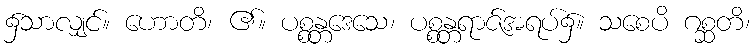
၌သာလျှင်။ ဟောတိ၊ ၏။ ပစ္စန္တဒေသေ၊ ပစ္စန္တရာဇ်အရပ်၌။ သစေပိ ဂစ္ဆတိ၊